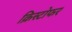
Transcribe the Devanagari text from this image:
क्रिस्‍टोफर